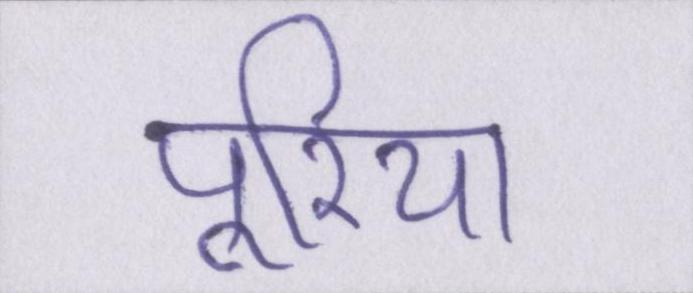
पूरिया